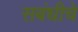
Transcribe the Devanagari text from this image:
सबंधीचे